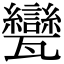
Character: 㽋